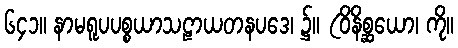
၆၄၁။ နာမရူပပစ္စယာသဠာယတနပဒေ၊ ၌။ (ဝိနိစ္ဆယော၊ ကို။